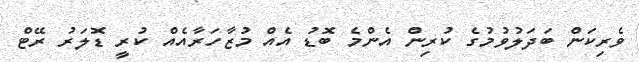
ވެރިކަން ބަދަލުވުމުގެ ކުރިން އެންމެ ބޮޑު އެއް މުޒާހަރާއެއް ކުރީ ޑޮލަރު ރޭޓް